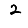
Digit: 2